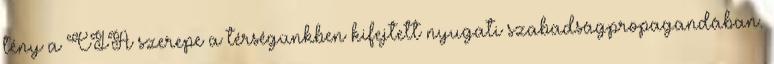
tény a CIA szerepe a térségünkben kifejtett nyugati szabadságpropagandában.